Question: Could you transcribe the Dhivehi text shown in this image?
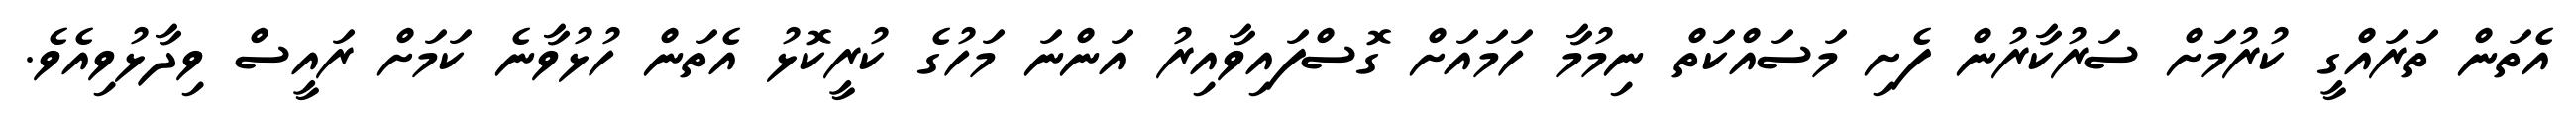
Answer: އެތަން ތަރައްގީ ކުރުމަށް ސަރުކާރުން ފެށި މަސައްކަތް ނިމުމާ ހަމައަށް ގޮސްފައިވާއިރު އަންނަ މަހުގެ ކުރީކޮޅު އެތަން ހުޅުވާނެ ކަމަށް ރައީސް ވިދާޅުވިއެވެ.